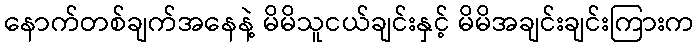
နောက်တစ်ချက်အနေနဲ့ မိမိသူငယ်ချင်းနှင့် မိမိအချင်းချင်းကြားက